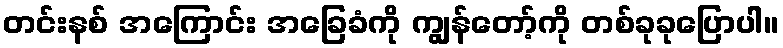
တင်းနစ် အကြောင်း အခြေခံကို ကျွန်တော့်ကို တစ်ခုခုပြောပါ။